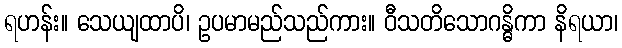
ရဟန်း။ သေယျထာပိ၊ ဥပမာမည်သည်ကား။ ဝီသတိသောဂန္ဓိကာ နိရယာ၊